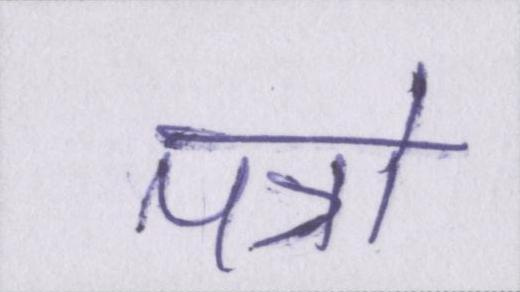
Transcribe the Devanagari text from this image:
पत्रो